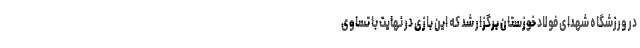
در ورزشگاه شهدای فولاد خوزستان برگزار شد که این بازی در نهایت با تساوی